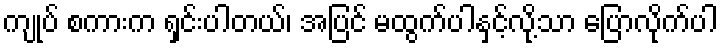
ကျုပ် စကားက ရှင်းပါတယ်၊ အပြင် မထွက်ပါနှင့်လို့သာ ပြောလိုက်ပါ